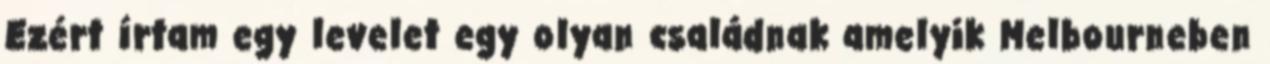
Ezért írtam egy levelet egy olyan családnak amelyik Melbourneben